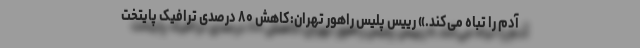
آدم را تباه می‌کند.» رییس پلیس راهور تهران:کاهش ۸۰ درصدی ترافیک پایتخت